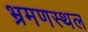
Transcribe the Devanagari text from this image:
भ्रमणस्‍थल